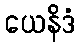
ယေနိဒံ